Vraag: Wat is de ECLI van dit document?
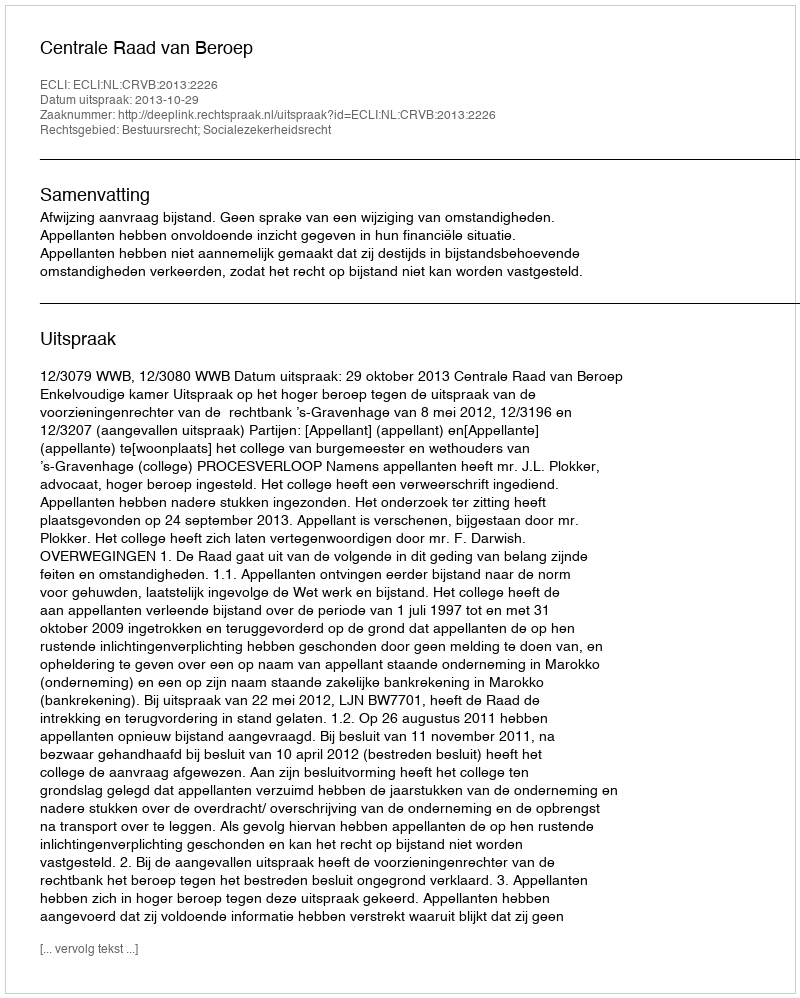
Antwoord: ECLI:NL:CRVB:2013:2226